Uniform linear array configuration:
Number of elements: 12
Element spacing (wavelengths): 1
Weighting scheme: hann
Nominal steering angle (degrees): -15
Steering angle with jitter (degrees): -16.19
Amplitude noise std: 0.05
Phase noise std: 0.05

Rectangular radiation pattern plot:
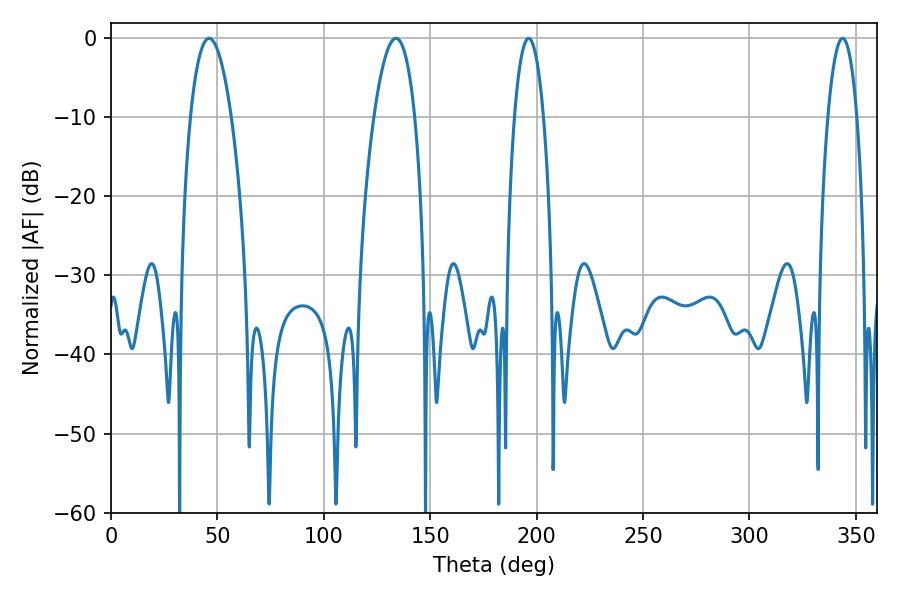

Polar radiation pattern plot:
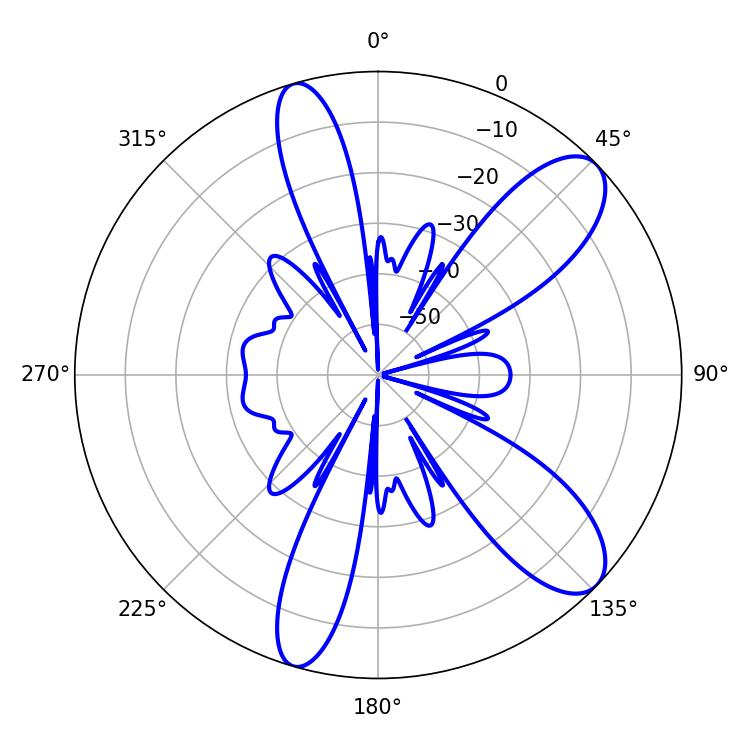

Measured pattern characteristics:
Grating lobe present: TRUE
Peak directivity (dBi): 9.838
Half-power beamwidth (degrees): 10.62
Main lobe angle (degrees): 46.08